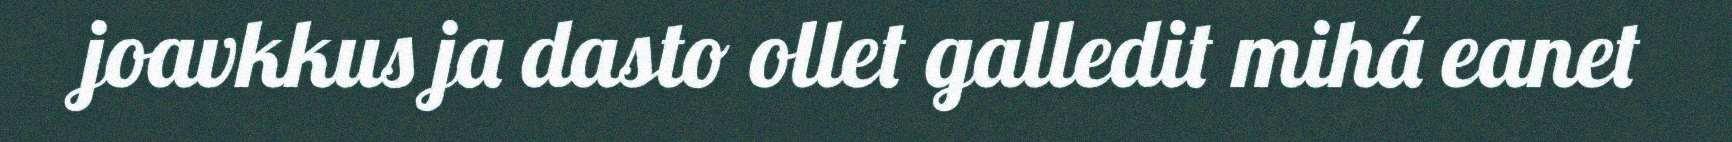
joavkkus ja dasto ollet galledit mihá eanet